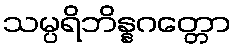
သမ္ပရိဘိန္နဂတ္တော